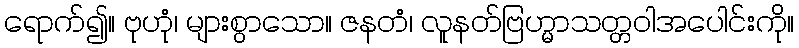
ရောက်၍။ ဗုဟုံ၊ များစွာသော။ ဇနတံ၊ လူနတ်ဗြဟ္မာသတ္တဝါအပေါင်းကို။